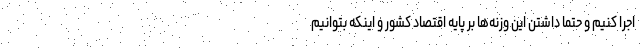
اجرا کنیم و حتما داشتن این وزنه‌ها بر پایه اقتصاد کشور و اینکه بتوانیم